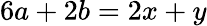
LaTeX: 6a+2b=2x+y